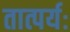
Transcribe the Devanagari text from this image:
तात्पर्यः